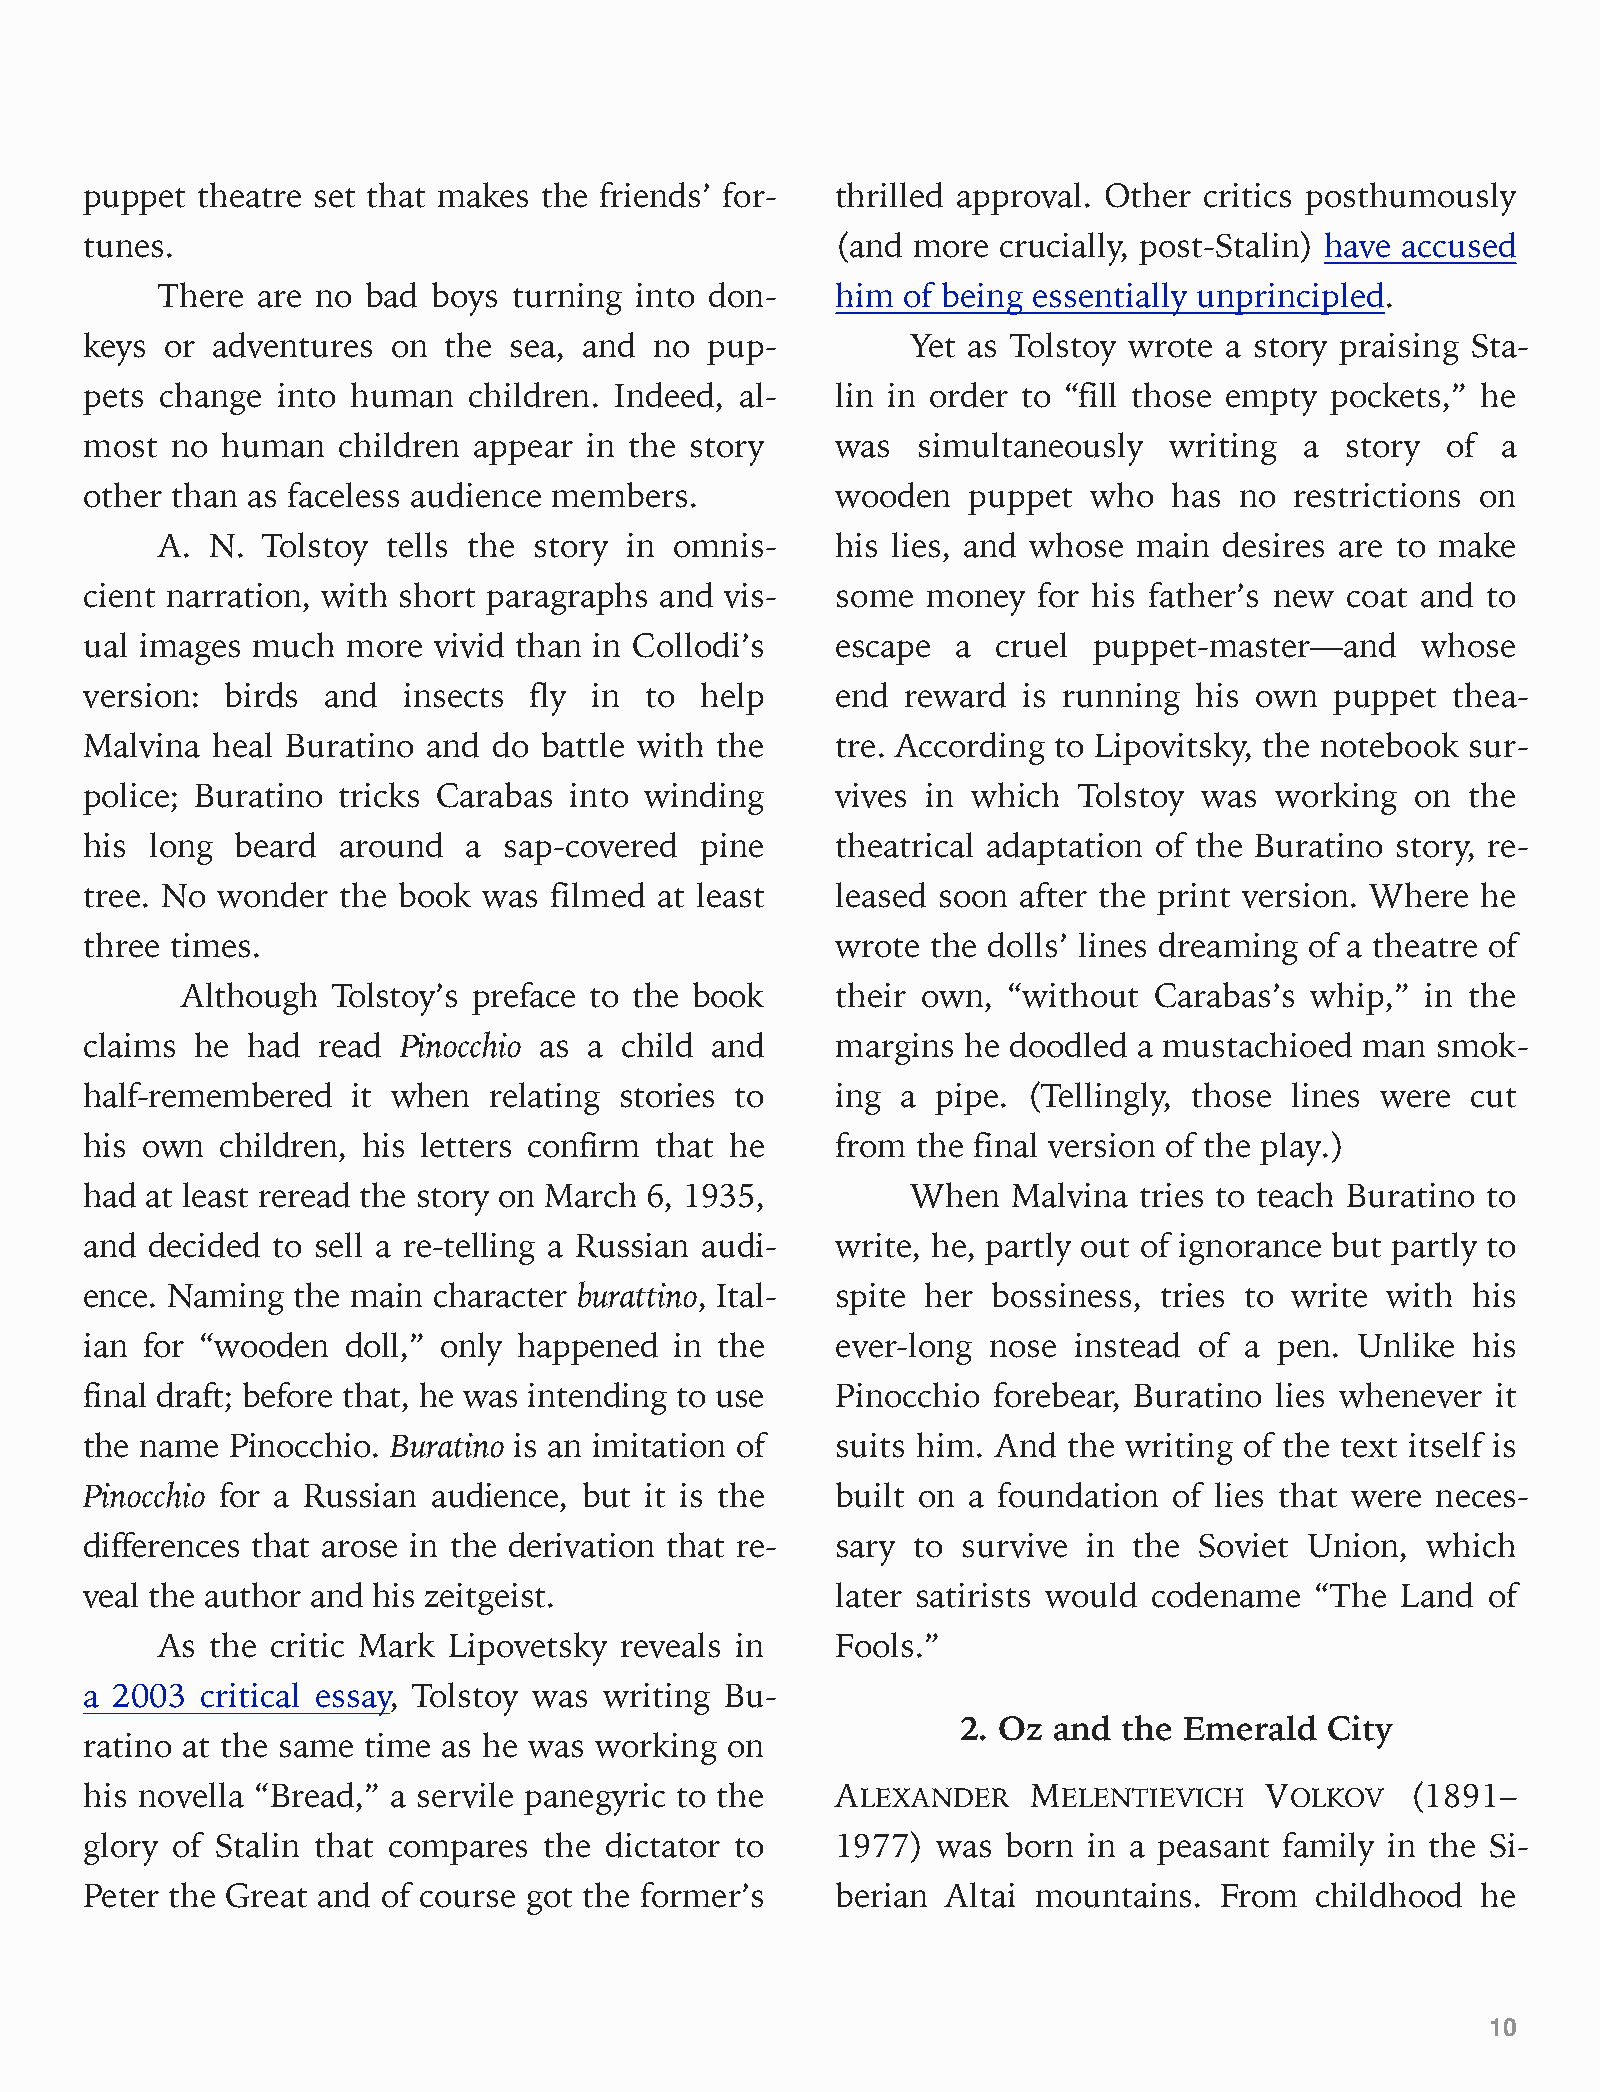
puppet theatre set that makes the friends’ for-  thrilled approval. Other critics posthumously
 tunes.                                           (and more  crucially, post-Stalin) have accused
 There  are no bad  boys turning into don-    him  of being essentially unprincipled.
 keys or adventures  on the  sea, and no  pup-         Yet as Tolstoy wrote a story praising Sta-
 pets change into human   children. Indeed, al-   lin in order to “fill those empty pockets,” he
 most no  human  children appear  in the story    was   simultaneously  writing  a  story  of a
 other than as faceless audience members.         wooden   puppet  who   has no  restrictions on
 A.  N. Tolstoy  tells the story in omnis-    his lies, and whose main  desires are to make
 cient narration, with short paragraphs and vis-  some  money   for his father’s new coat and to
 ual images much  more  vivid than in Collodi’s   escape  a  cruel puppet-master—and     whose
 version: birds  and  insects fly in  to help     end  reward  is running his own  puppet  thea-
 Malvina heal Buratino and  do battle with the    tre. According to Lipovitsky, the notebook sur-
 police; Buratino tricks Carabas into winding     vives in which  Tolstoy  was working   on the
 his long  beard around   a sap-covered  pine     theatrical adaptation of the Buratino story, re-
 tree. No wonder  the book was filmed at least    leased soon  after the print version. Where he
 three times.                                     wrote  the dolls’ lines dreaming of a theatre of
 Although  Tolstoy’s preface to the book    their own,  “without Carabas’s  whip,” in the
 claims he had  read Pinocchio as a child and     margins  he doodled a mustachioed  man  smok-
 half-remembered  it when  relating stories to    ing  a pipe. (Tellingly, those lines were cut
 his own  children, his letters confirm that he   from  the final version of the play.)
 had at least reread the story on March 6, 1935,       When   Malvina tries to teach Buratino to
 and decided to sell a re-telling a Russian audi- write, he, partly out of ignorance but partly to
 ence. Naming the main  character burattino, Ital- spite her bossiness, tries to write with his
 ian for “wooden  doll,” only happened  in the    ever-long  nose instead of a  pen. Unlike his
 final draft; before that, he was intending to use Pinocchio forebear, Buratino lies whenever it
 the name Pinocchio. Buratino is an imitation of  suits him. And  the writing of the text itself is
 Pinocchio for a Russian audience, but it is the  built on a foundation  of lies that were neces-
 differences that arose in the derivation that re- sary to survive in the Soviet  Union, which
 veal the author and his zeitgeist.               later satirists would codename  “The  Land of
 As  the critic Mark Lipovetsky reveals in    Fools.”
 a 2003 critical essay, Tolstoy was writing Bu-
 2. Oz and the Emerald   City
 ratino at the same time as he was working on
 his novella “Bread,” a servile panegyric to the  ALEXANDER    MELENTIEVICH    VOLKOV   (1891–
 glory of Stalin that compares the dictator to    1977)  was  born in a peasant family in the Si-
 Peter the Great and of course got the former’s   berian  Altai mountains.  From  childhood  he
 10